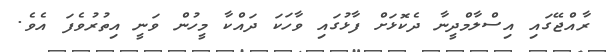
ރާއްޖޭގައި އިސްލާމްދީނާ ދެކޮޅަށް ފާޅުގައި ވާހަކަ ދައްކާ މީހުން ވަނީ އިތުރުވެފަ އެވެ.